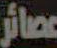
عصائر